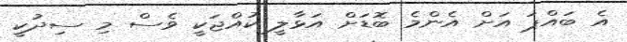
އެ ބައްޕަ އަށް އެންމެ ބޮޑަށް އަޅާލީ ކުއްޖަކީ ވެސް މި ސިދުކީ